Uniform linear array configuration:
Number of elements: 32
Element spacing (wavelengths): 0.75
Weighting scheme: kaiser
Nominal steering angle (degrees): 0
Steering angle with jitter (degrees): -0.2678
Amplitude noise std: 0.05
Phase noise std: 0.05

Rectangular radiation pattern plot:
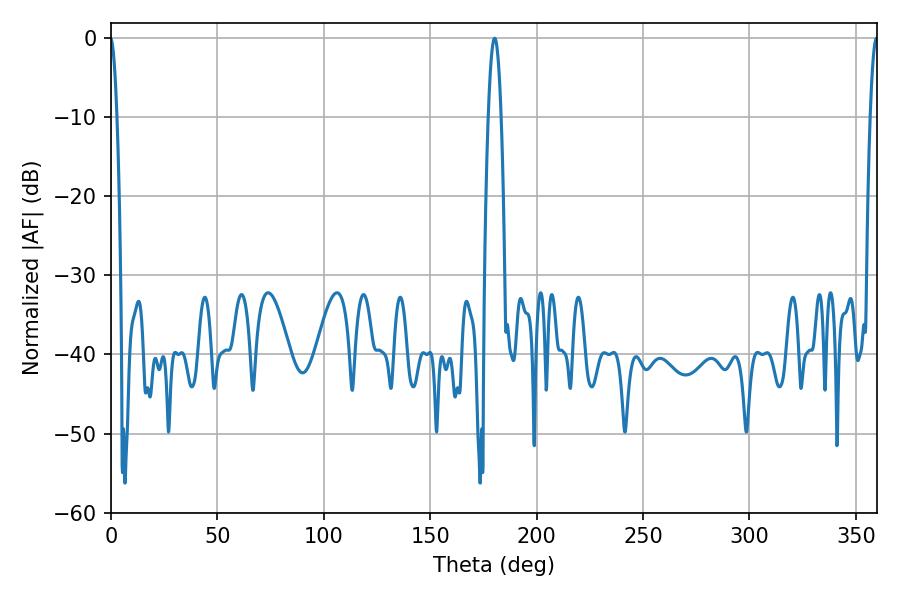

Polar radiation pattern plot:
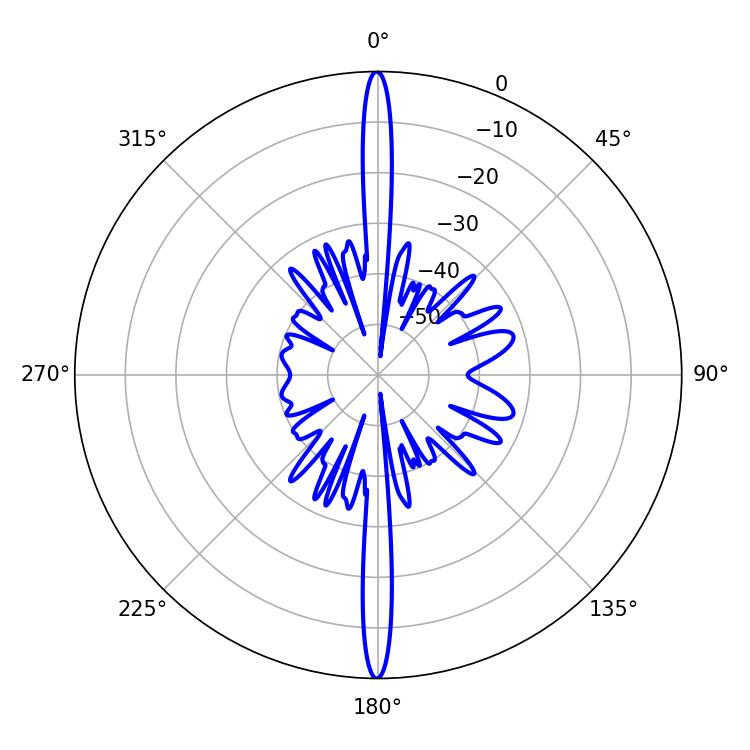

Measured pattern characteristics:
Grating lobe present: TRUE
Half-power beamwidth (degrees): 3.42
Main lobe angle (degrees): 180.18